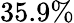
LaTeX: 35.9\%